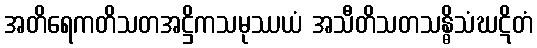
အတိရေကတိသတအဋ္ဌိကသမုဿယံ အသီတိသတသန္ဓိသံဃဋိတံ